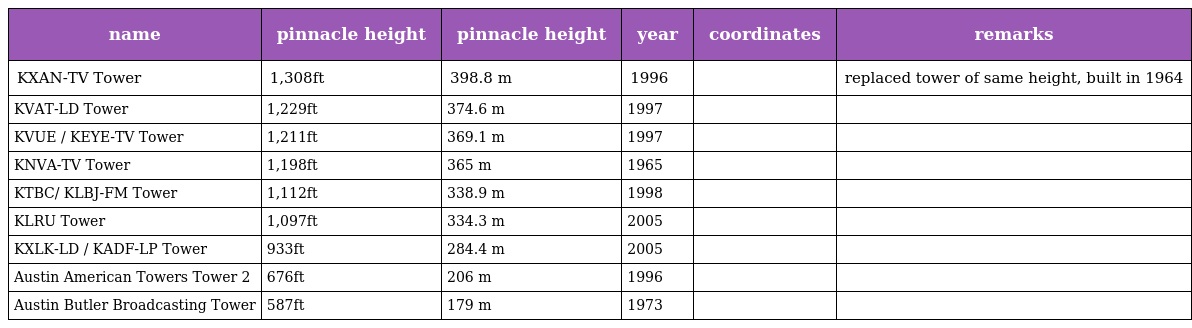
| name | pinnacle height | pinnacle height | year | coordinates | remarks |
 | --- | --- | --- | --- | --- | --- |
 | KXAN-TV Tower | 1,308ft | 398.8 m | 1996 |  | replaced tower of same height, built in 1964 |
 | KVAT-LD Tower | 1,229ft | 374.6 m | 1997 |  |  |
 | KVUE / KEYE-TV Tower | 1,211ft | 369.1 m | 1997 |  |  |
 | KNVA-TV Tower | 1,198ft | 365 m | 1965 |  |  |
 | KTBC/ KLBJ-FM Tower | 1,112ft | 338.9 m | 1998 |  |  |
 | KLRU Tower | 1,097ft | 334.3 m | 2005 |  |  |
 | KXLK-LD / KADF-LP Tower | 933ft | 284.4 m | 2005 |  |  |
 | Austin American Towers Tower 2 | 676ft | 206 m | 1996 |  |  |
 | Austin Butler Broadcasting Tower | 587ft | 179 m | 1973 |  |  |